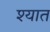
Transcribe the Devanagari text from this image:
श्यात